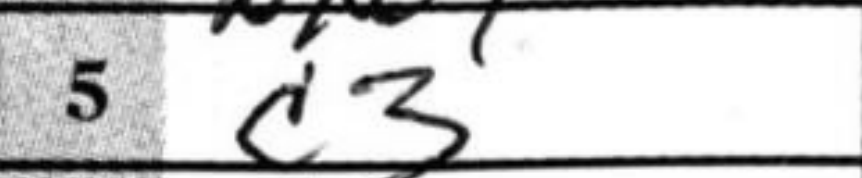
Transcription: c3